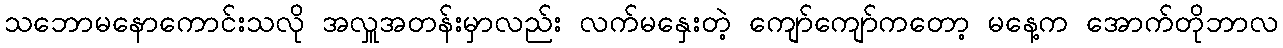
သဘောမနောကောင်းသလို အလှူအတန်းမှာလည်း လက်မနှေးတဲ့ ကျော်ကျော်ကတော့ မနေ့က အောက်တိုဘာလ